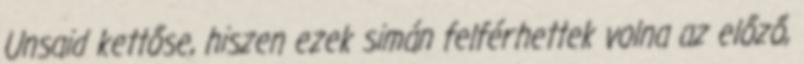
Unsaid kettőse, hiszen ezek simán felférhettek volna az előző,